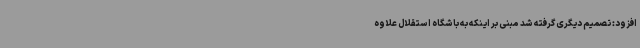
افزود: تصمیم دیگری گرفته شد مبنی بر اینکه به باشگاه استقلال علاوه